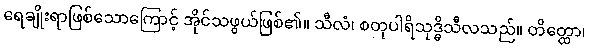
ရေချိုးရာဖြစ်သောကြောင့် အိုင်သဖွယ်ဖြစ်၏။ သီလံ၊ စတုပါရိသုဒ္ဓိသီလသည်။ တိတ္ထော၊